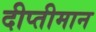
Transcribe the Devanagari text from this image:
दीप्तीमान